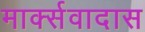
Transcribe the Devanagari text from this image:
मार्क्सवादास